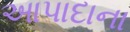
આપાદાના